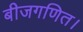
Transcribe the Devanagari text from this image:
बीजगणित।